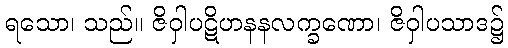
ရသော၊ သည်။ ဇိဝှါပဋိဟနနလက္ခဏော၊ ဇိဝှါပသာဒ၌